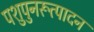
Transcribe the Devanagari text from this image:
पशुपुनरूत्पादन